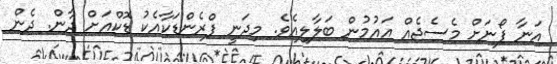
އަނާ ފޯނަށް މެސެޖެއް އައުމުން ބަލާލިއެވެ. މިދަނީ ފްރެންޑަކާއެކު ޑޮކްއަށް ދާން. ދެން